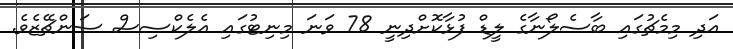
އަދި މިމެޗުގައި ބާސެލޯނާގެ ލީޑް ފުޅާކޮށްދިނީ 78 ވަނަ މިނިޓުގައި އެލެކްސިސް ސަންޗޭޒެވެ.